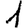
Digit: 1